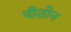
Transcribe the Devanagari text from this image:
पीशोन